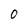
Character: 0